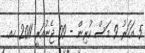
5 އަހަރު 9 މަސް ކުރިން - 09 ޖެނުއަރީ 2011 ހއ.